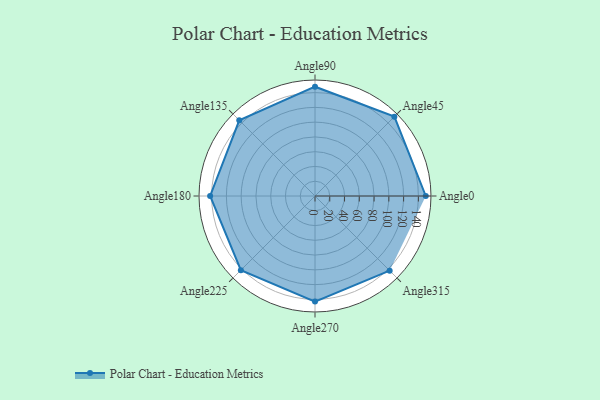
{"axis": {"x": "Angle", "y": "Radius"}, "legend": [""], "data": [{"x": "Angle0", "y": 150.0, "type": ""}, {"x": "Angle45", "y": 152.0, "type": ""}, {"x": "Angle90", "y": 148.0, "type": ""}, {"x": "Angle135", "y": 145.0, "type": ""}, {"x": "Angle180", "y": 142.0, "type": ""}, {"x": "Angle225", "y": 142.0, "type": ""}, {"x": "Angle270", "y": 143.0, "type": ""}, {"x": "Angle315", "y": 143.0, "type": ""}]}